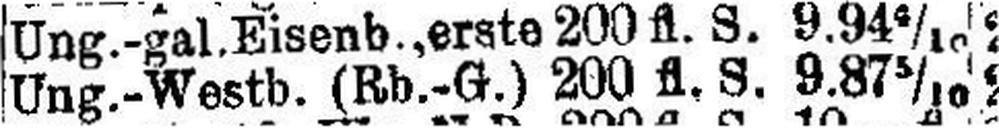
Ung.-Westb. (Rb.-G.) 200 fl. S. 9.87 5/10